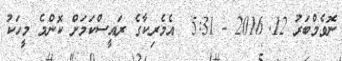
ނޮވެމްބަރު 12